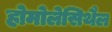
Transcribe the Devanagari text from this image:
होमोलेसिथैल